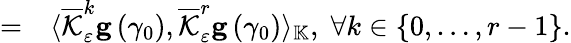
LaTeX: \begin{array}{rl}{=}&{{}\langle\overline{{\mathcal{K}}}_{\varepsilon}^{k}\mathbf{g}\left(\gamma_{0}\right),\overline{{\mathcal{K}}}_{\varepsilon}^{r}\mathbf{g}\left(\gamma_{0}\right)\rangle_{\mathbb{K}},\; \forall k\in\{ 0,\ldots,r-1\} .}\end{array}